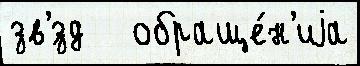
зв'́зд   обраще́н'иjа